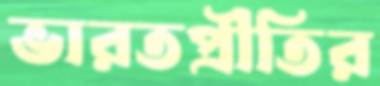
ভারতপ্রীতির